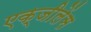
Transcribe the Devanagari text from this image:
एक्जीलेंस